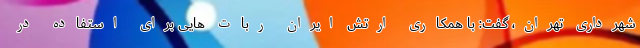
شهرداری تهران، گفت: با همکاری ارتش ایران ربات هایی برای استفاده در